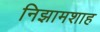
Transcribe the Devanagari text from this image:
निझामशाह